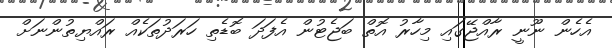
އެހެން ނޫނީ ރާއްޖޭގައި މިހާރު އޮތް ބަޖެޓުން އެފަދަ ބޮޑެތި ހަރަދުތަކެއް ރައްޔިތުންނަށް